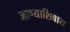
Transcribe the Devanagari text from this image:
जाण्याशिवाय